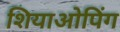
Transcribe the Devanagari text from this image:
शियाओपिंग